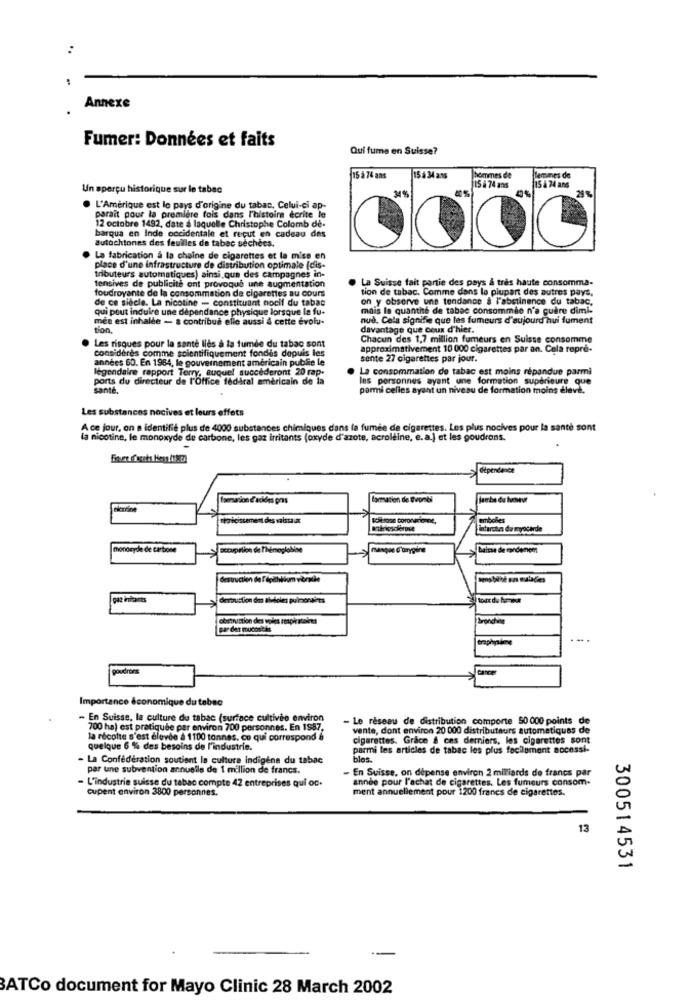
Annexe
Fumer: Données et faits
Qui fume en Suisse?
15 8 74 ans
15 a 34 ans
hommes de
lemmes de
Un aperçu historique sur le tabac
15 . 74 ans
15 4 74 ans
29 %
L'Amérique est le pays d'origine du tabac. Celui-ci ap-
paraît pour la première fois dans l'histoire écrite le
12 octobre 1492, date a laquelle Christophe Colomb de-
autochtones des feuilles de tabac sechées.
barqua en Inde occidentale et recut en cadeau des
La fabrication a la chaîne de cigarettes et la mise en
place d'une infrastructure de distribution optimale (dis-
tributeurs automatiques) ainsi que des campagnes in-
La Suisse fait partie des pays & très haute consomma-
tensives de publicité ont provoque une augmentation
foudroyante de la consommation de cigarettes au cours
tion de tabac. Comme dans la plupart des autres pays,
de ce siècle. La nicotine - constituant nocif du tabac
on y observe une tendance & l'abstinence du tabac,
qui pout induire une dependance physique lorsque la fu-
mais le quanthe de tabac consommee n'a guère dimi-
mes est inhalée - a contribué elle aussi a cette evolu-
nuè. Cela signifie que les fumeurs d'aujourd'hui fument
sion.
davantage que ceux d'hier.
Chacun des 1,7 million fumeurs en Suisse consomme
Les risques pour la sante lids a ta fumde du tabac sont
ntifiquement fondis depuis les
approximativement 10 000 cigarettes par an. Cela repre-
années 60. En 1984, le gouvernement américain publie le
consideres comme scientifique
sente 27 cigarettes par jour.
légendaire rapport Terry, auquel succederont 20 rap.
La consommation de tabac est moins répandue parmi
ports du directeur de l'Office fédéral américain de la
Ins personnes ayant une formation supérieure que
santé,
parmi celles ayant un niveau de formation moins eleve.
Les substances nocives et leurs effets
A ce jour, on a identifié plus de 4000 substances chimiques dans la fumée de cigarettes. Les plus nocives pour la santé sont
la nicotine, le monoxyde de carbone, les gaz irritants (oxyde d'azote, acroleine, e.a.) et les goudrons.
dépendance
Isemasion d'acides pris
formation de Bombs
jambe de hueMevr
bientine
teoricissement des vaissa ix
embches
infarctas de myocarde
motoryde de carbone
Docaprlion de l'hémoglobine
manque d'orygine
baisse de cardenem
destruction de T epithelium verathe
destruction des alvioles pulmonaires
obstistion des voles teapistolees
par der mocosels
Graphyaime
goudrons
Importance économique du tabac
- En Suisse, la culture du tabac (surface cultivée environ
- Le réseau de distribution comporte 50 000 points de
700 ha) est pratiquée par environ 700 personnes. En 1987,
vente, dont environ 20 000 distributeurs automatiques de
la récolte s'est elevde à 1100 tonnes. co qui correspond &
cigarettes. Grace & ces derniers, les cigarettes sont
quelque 6 % des besoins de l'industrie.
parmi les articles de tabac les plus facilement accessi-
- La Confédération soutient la culture Indigène du tabac
bles.
par une subvention annuelle de 1 million de francs.
- En Suisse, on depense environ 2 milliards de francs par
- L'industrie suisse du tabac compte 42 entreprises qui oc.
année pour l'achat de cigarettes. Les fumeurs consom-
cupent environ 3800 personnes.
ment annuellement pour 1200 francs de cigarettes.
13
300514531
BATCo document for Mayo Clinic 28 March 2002